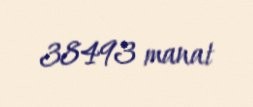
38493 manat